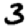
Digit: 3